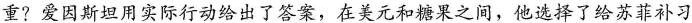
重？爱因斯坦用实际行动给出了答案，在美元和糖果之间，他选择了给苏菲补习